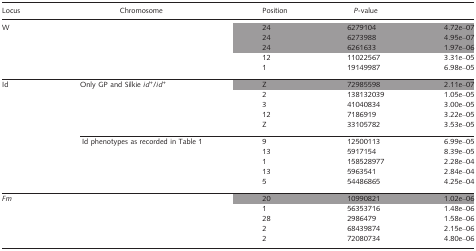
<table><thead><tr><td><b>Locus</b></td><td><b>Chromosome</b></td><td><b>Position</b></td><td><b><i>P</i>-value</b></td><td></td></tr></thead><tbody><tr><td>W</td><td></td><td>24</td><td>6279104</td><td>4.72e–07</td></tr><tr><td></td><td></td><td>24</td><td>6273988</td><td>4.95e–07</td></tr><tr><td></td><td></td><td>24</td><td>6261633</td><td>1.97e–06</td></tr><tr><td></td><td></td><td>12</td><td>11022567</td><td>3.31e–05</td></tr><tr><td></td><td></td><td>1</td><td>19149987</td><td>6.98e–05</td></tr><tr><td>Id</td><td>Only GP and Silkie <i>id</i><sup>+</sup>/<i>id</i><sup>+</sup></td><td>Z</td><td>72985598</td><td>2.11e–07</td></tr><tr><td></td><td></td><td>2</td><td>138132039</td><td>1.05e–05</td></tr><tr><td></td><td></td><td>3</td><td>41040834</td><td>3.00e–05</td></tr><tr><td></td><td></td><td>12</td><td>7186919</td><td>3.22e–05</td></tr><tr><td></td><td></td><td>Z</td><td>33105782</td><td>3.53e–05</td></tr><tr><td></td><td>Id phenotypes as recorded in Table 1</td><td>9</td><td>12500113</td><td>6.99e–05</td></tr><tr><td></td><td></td><td>13</td><td>5917154</td><td>8.39e–05</td></tr><tr><td></td><td></td><td>1</td><td>158528977</td><td>2.28e–04</td></tr><tr><td></td><td></td><td>13</td><td>5963541</td><td>2.84e–04</td></tr><tr><td></td><td></td><td>5</td><td>54486865</td><td>4.25e–04</td></tr><tr><td><i>Fm</i></td><td></td><td>20</td><td>10990821</td><td>1.02e–06</td></tr><tr><td></td><td></td><td>1</td><td>56353716</td><td>1.48e–06</td></tr><tr><td></td><td></td><td>28</td><td>2986479</td><td>1.58e–06</td></tr><tr><td></td><td></td><td>2</td><td>68439874</td><td>2.15e–06</td></tr><tr><td></td><td></td><td>2</td><td>72080734</td><td>4.80e–06</td></tr></tbody></table>